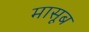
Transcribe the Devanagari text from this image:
मासूब